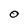
Character: O